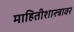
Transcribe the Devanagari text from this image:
माहितीशास्त्रावर